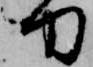
刀